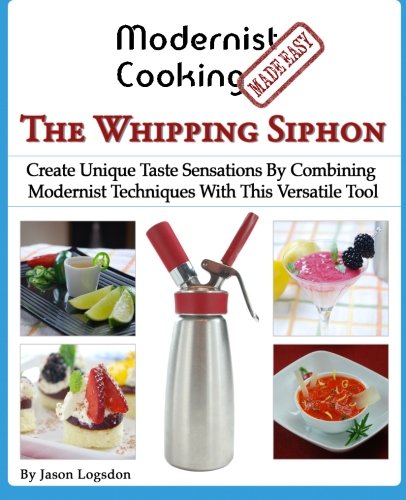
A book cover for Modernist Cooking Made Easy: The Whipping Siphon: Create Unique Taste Sensations By Combining Modernist Techniques With This Versatile Tool; Jason Logsdon; Cookbooks, Food & Wine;